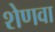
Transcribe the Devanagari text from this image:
शेणवा